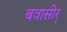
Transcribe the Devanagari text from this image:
बवासीर्